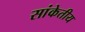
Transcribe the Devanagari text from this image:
सांकेतीय